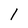
Character: 1